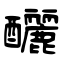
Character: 釃